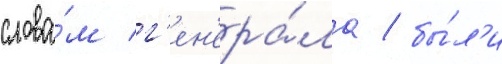
слова́м г'ен'ера́ла / бы́л'и